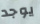
يوجد